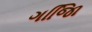
ગજાિિ